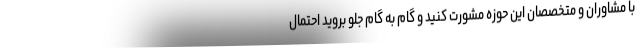
با مشاوران و متخصصان این حوزه مشورت کنید و گام به گام جلو بروید احتمال